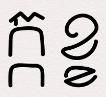
ក្កខ្ខ